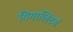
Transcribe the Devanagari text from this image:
गिगालिटर्स